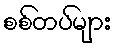
စစ်တပ်များ